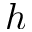
h